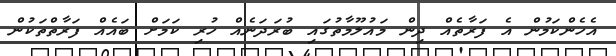
އެހެންކަމުން އެ ފަރާތެއް ދިން މައުލޫމާތުގައި ބުރަދަނެއް ހުރި ކަމަށް ބައެއް ފަރާތްތަކުން